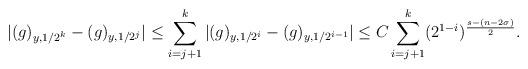
LaTeX: \begin{align*}|(g)_{y,1/2^k}-(g)_{y,1/2^j}|\le \sum_{i=j+1}^k|(g)_{y,1/2^i}-(g)_{y,1/2^{i-1}}|\le C\sum_{i=j+1}^k(2^{1-i})^{\frac{s-(n-2\sigma)}{2}}.\end{align*}